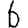
Digit: 6